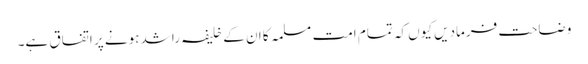
وضاحت فرمادیں کیوں کہ تمام امت مسلمہ کا ان کے خلیفہ راشد ہونے پر اتفاق ہے۔